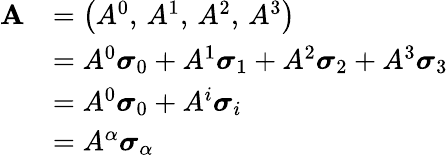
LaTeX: {\begin{array}{rl}{\mathbf{A}}&{=\left(A^{0},\, A^{1},\, A^{2},\, A^{3}\right)}\\ &{=A^{0}{\boldsymbol{\sigma}}_{0}+A^{1}{\boldsymbol{\sigma}}_{1}+A^{2}{\boldsymbol{\sigma}}_{2}+A^{3}{\boldsymbol{\sigma}}_{3}}\\ &{=A^{0}{\boldsymbol{\sigma}}_{0}+A^{i}{\boldsymbol{\sigma}}_{i}}\\ &{=A^{\alpha}{\boldsymbol{\sigma}}_{\alpha}}\end{array}}